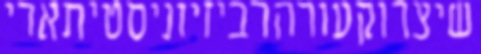
שיצרוקעורהרביזיוניסטיתארי